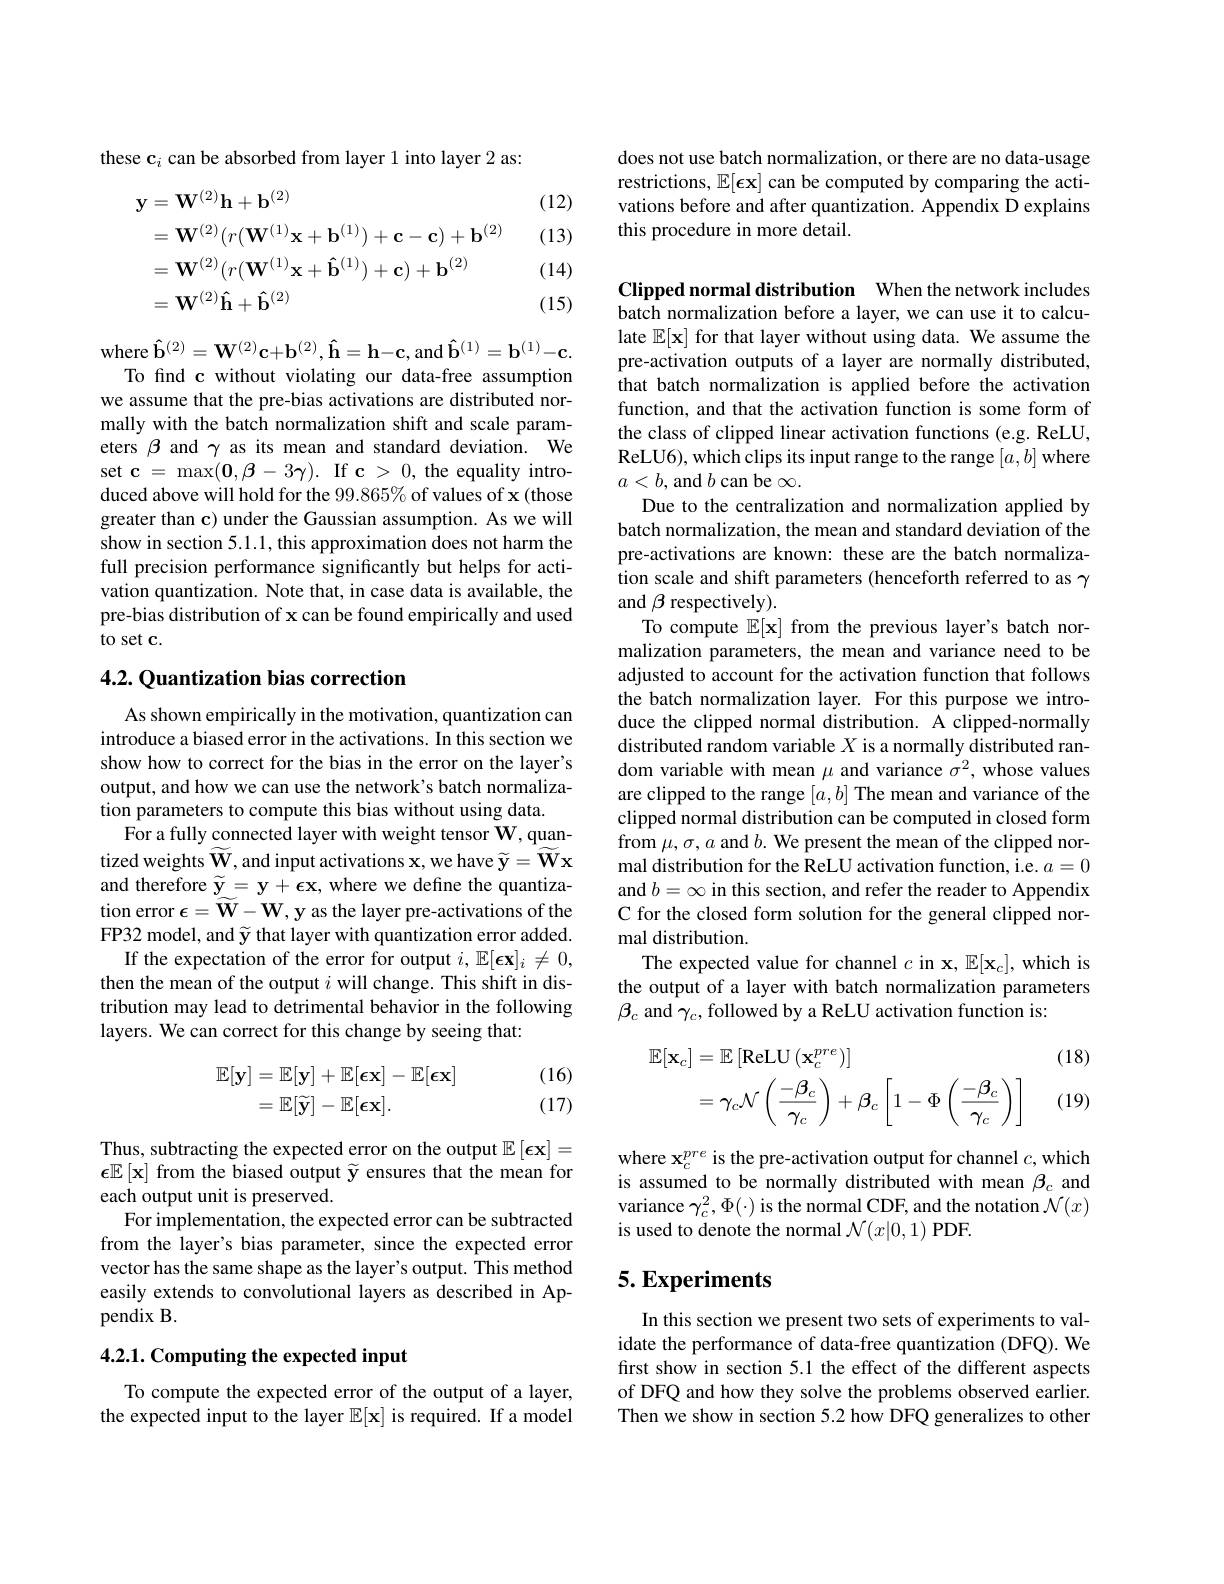
these $\mathbf{c}_i$ can be absorbed from layer 1 into layer 2 as:

(12)

(13)
$$\begin{aligned}\mathbf{y}&=\mathbf{W}^{(2)}\mathbf{h}+\mathbf{b}^{(2)}\\&=\mathbf{W}^{(2)}(r(\mathbf{W}^{(1)}\mathbf{x}+\mathbf{b}^{(1)})+\mathbf{c}-\mathbf{c})+\mathbf{b}^{(2)}\\&=\mathbf{W}^{(2)}(r(\mathbf{W}^{(1)}\mathbf{x}+\mathbf{\hat{b}}^{(1)})+\mathbf{c})+\mathbf{b}^{(2)}\\&=\mathbf{W}^{(2)}\mathbf{\hat{h}}+\mathbf{\hat{b}}^{(2)}\end{aligned}$$
(14)

(15)

where $\hat{\mathbf{b}}^{(2)}=\mathbf{W}^{(2)}\mathbf{c}+\mathbf{b}^{(2)},\hat{\mathbf{h}}=\mathbf{h}-\mathbf{c}$,and $\hat{\mathbf{b}}^{(1)}=\mathbf{b}^{(1)}-\mathbf{c}.$
To find c without violating our data-free assumption we assume that the pre-bias activations are distributed normally with the batch normalization shift and scale parameters $\beta$ and $\gamma$ as its mean and standard deviation. We set $\mathbf{c}=\max(\mathbf{0},\mathbf{\beta}-3\mathbf{\gamma}).$ If c > 0, the equality introduced above will hold for the 99.865% of values of x (those greater than c) under the Gaussian assumption. As we will show in section 5.1.1,this approximation does not harm the full precision performance significantly but helps for activation quantization. Note that, in case data is available, the pre-bias distribution of x can be found empirically and used to set c.

## 4.2. Quantization bias correction

As shown empirically in the motivation, quantization can introduce a biased error in the activations. In this section we show how to correct for the bias in the error on the layer's output, and how we can use the network's batch normalization parameters to compute this bias without using data.
For a fully connected layer with weight tensor W, quantized weights $\widetilde{\mathbf{W}}$, and input activations x, we have $\widetilde{\mathbf{y}}=\widetilde{\mathbf{W}}\mathbf{x}$ and therefore $\widetilde{\mathbf{y}}=\mathbf{y}+\mathbf{\epsilon}\mathbf{x}$, where we define the quantization error $\epsilon=\widetilde{\mathbf{W}}-\mathbf{W},\mathbf{y}$ as the layer pre-activations of the FP32 model, and $\widetilde{\mathbf{y}}$ that layer with quantization error added.
If the expectation of the error for output $i,\mathbb{E}[\boldsymbol{\epsilon}\mathbf{x}]_i\neq0$, then the mean of the output $i$ will change. This shift in distribution may lead to detrimental behavior in the following layers. We can correct for this change by seeing that:
$$\begin{aligned}\mathbb{E}[\mathbf{y}]&=\mathbb{E}[\mathbf{y}]+\mathbb{E}[\mathbf{\epsilon}\mathbf{x}]-\mathbb{E}[\mathbf{\epsilon}\mathbf{x}]\\&=\mathbb{E}[\widetilde{\mathbf{y}}]-\mathbb{E}[\mathbf{\epsilon}\mathbf{x}].\end{aligned}$$
(16) (17)

Thus, subtracting the expected error on the output $\mathbb{E}\left[\boldsymbol{\epsilon}\mathbf{x}\right]=$ $\epsilon\mathbb{E}\left[\mathbf{x}\right]$from the biased output $\widetilde{\mathbf{y}}$ ensures that the mean for each output unit is preserved.
For implementation, the expected error can be subtracted from the layer's bias parameter, since the expected error vector has the same shape as the layer's output. This method easily extends to convolutional layers as described in Appendix B.

## 4.2.1. Computing the expected input

To compute the expected error of the output of a layer, the expected input to the layer $\mathbb{E}[\mathbf{x}]$ is required. If a model

does not use batch normalization, or there are no data-usage restrictions, $\mathbb{E}[\epsilon\mathbf{x}]$ can be computed by comparing the activations before and after quantization. Appendix D explains this procedure in more detail.

Clipped normal distribution When the network includes batch normalization before a layer, we can use it to calculate $\mathbb{E}[\mathbf{x}]$ for that layer without using data. We assume the pre-activation outputs of a layer are normally distributed, that batch normalization is applied before the activation function, and that the activation function is some form of the class of clipped linear activation functions (e.g. ReLU, ReLU6), which clips its input range to the range $[a,b]$ where $a<b$, and $b$ can be $\infty.$
Due to the centralization and normalization applied by batch normalization, the mean and standard deviation of the pre-activations are known: these are the batch normalization scale and shift parameters (henceforth referred to as $\gamma$ and $\beta$ respectively).
To compute $\mathbb{E}[\mathbf{x}]$ from the previous layer's batch normalization parameters, the mean and variance need to be adjusted to account for the activation function that follows the batch normalization layer. For this purpose we introduce the clipped normal distribution. A clipped-normally distributed random variable $X$ is a normally distributed random variable with mean $\mu$ and variance $\sigma^2$, whose values are clipped to the range $[a,b]$ The mean and variance of the clipped normal distribution can be computed in closed form from $\mu,\sigma,a$ and $b.$ We present the mean of the clipped normal distribution for the ReLU activation function, i.e. $a=0$ and $b=\infty$ in this section, and refer the reader to Appendix C for the closed form solution for the general clipped normal distribution.
The expected value for channel $c$ in x, $\mathbb{E}[\mathbf{x}_c]$, which is the output of a layer with batch normalization parameters $\beta_{c}$ and $\gamma_c$, followed by a ReLU activation function is:
(18)
$$\begin{aligned}\mathbb{E}[\mathbf{x}_{c}]&=\mathbb{E}\left[\mathrm{ReLU}\left(\mathbf{x}_{c}^{pre}\right)\right]\\&=\gamma_{c}\mathcal{N}\left(\frac{-\beta_{c}}{\gamma_{c}}\right)+\beta_{c}\left[1-\Phi\left(\frac{-\beta_{c}}{\gamma_{c}}\right)\right]\end{aligned}$$
(19)

where $\mathbf{x}_c^{pre}$ is the pre-activation output for channel $c$,which is assumed to be normally distributed with mean $\beta_c$ and variance $\gamma_{c}^{2},\Phi(\cdot)$ is the normal CDF, and the notation $\mathcal{N}(x)$ is used to denote the normal $\mathcal{N}(x|0,1)$ PDF.

## $5. \textbf{Experiments}$

In this section we present two sets of experiments to validate the performance of data-free quantization (DFQ). We first show in section 5.1 the effect of the different aspects of DFQ and how they solve the problems observed earlier. Then we show in section 5.2 how DFQ generalizes to other